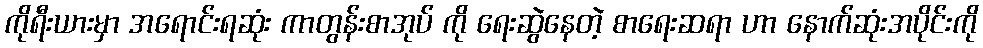
ကိုရီးယားမှာ အရောင်းရဆုံး ကာတွန်းစာအုပ် ကို ရေးဆွဲနေတဲ့ စာရေးဆရာ ဟာ နောက်ဆုံးအပိုင်းကို